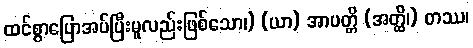
ထင်စွာပြောအပ်ပြီးမူလည်းဖြစ်သော၊) (ယာ) အာပတ္တိ (အတ္ထိ၊) တဿ၊